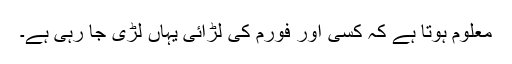
معلوم ہوتا ہے کہ کسی اور فورم کی لڑائی یہاں لڑی جا رہی ہے۔